Annual report of the Camel Specialist
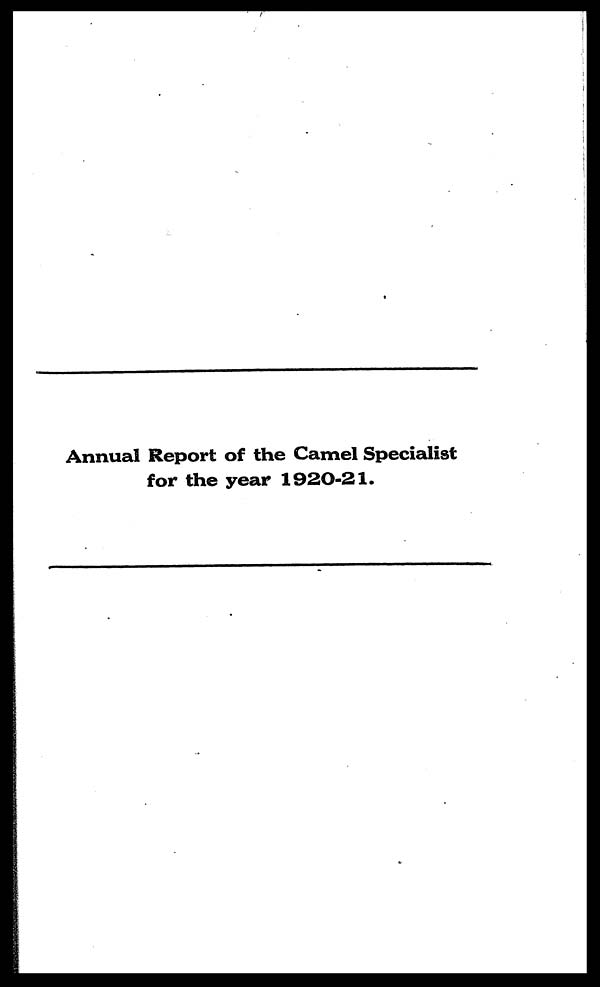
Annual Report of the Camel Specialist
for the year 1920-21.